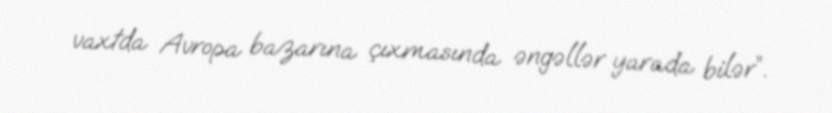
vaxtda Avropa bazarına çıxmasında əngəllər yarada bilər”.